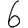
Digit: 6